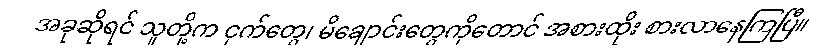
အခုဆိုရင် သူတို့က ငှက်တွေ၊ မိချောင်းတွေကိုတောင် အစားထိုး စားလာနေကြပြီ။